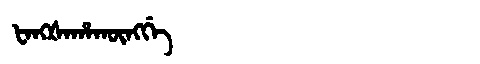
Manchu: ᡶᠠᠩᡧᠠᡥᠠᡴᡡᠩᡤᡝ
Romanization: FANGŠAHAKŪNGGE